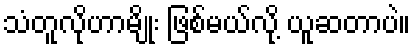
သံတူလိုဟာမျိုး ဖြစ်မယ်လို့ ယူဆတာပဲ။